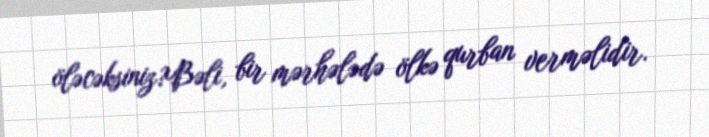
öləcəksiniz?Bəli, bir mərhələdə ölkə qurban verməlidir.